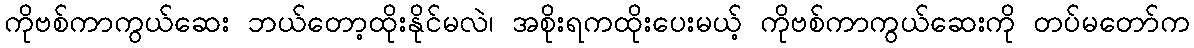
ကိုဗစ်ကာကွယ်ဆေး ဘယ်တော့ထိုးနိုင်မလဲ၊ အစိုးရကထိုးပေးမယ့် ကိုဗစ်ကာကွယ်ဆေးကို တပ်မတော်က